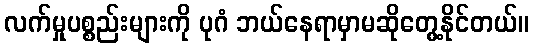
လက်မှုပစ္စည်းများကို ပုဂံ ဘယ်နေရာမှာမဆိုတွေ့နိုင်တယ်။